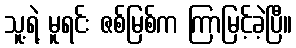
သူ့ရဲ့ မူရင်း ဇစ်မြစ်က ကြာမြင့်ခဲ့ပြီ။